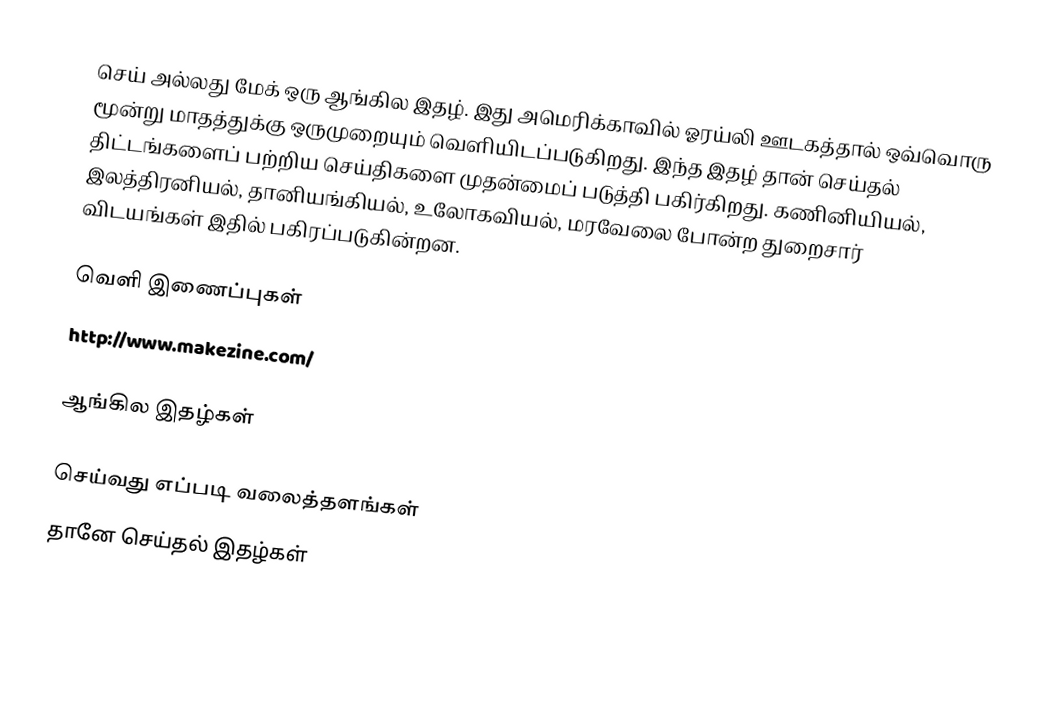
செய் அல்லது மேக் ஒரு ஆங்கில இதழ்.  இது அமெரிக்காவில் ஓரய்லி ஊடகத்தால் ஒவ்வொரு மூன்று மாதத்துக்கு ஒருமுறையும் வெளியிடப்படுகிறது.  இந்த இதழ் தான் செய்தல் திட்டங்களைப் பற்றிய செய்திகளை முதன்மைப் படுத்தி பகிர்கிறது.  கணினியியல், இலத்திரனியல், தானியங்கியல், உலோகவியல், மரவேலை போன்ற துறைசார் விடயங்கள் இதில் பகிரப்படுகின்றன.

வெளி இணைப்புகள்
 http://www.makezine.com/

ஆங்கில இதழ்கள்

செய்வது எப்படி வலைத்தளங்கள்
தானே செய்தல் இதழ்கள்